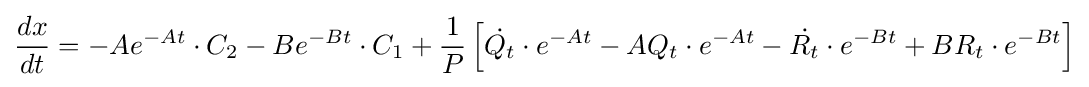
{\frac {dx}{dt}}=-Ae^{-At}\cdot C_{2}-Be^{-Bt}\cdot C_{1}+{\frac {1}{P}}\left[{\dot {Q_{t}}}\cdot e^{-At}-AQ_{t}\cdot e^{-At}-{\dot {R_{t}}}\cdot e^{-Bt}+BR_{t}\cdot e^{-Bt}\right]